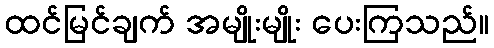
ထင်မြင်ချက် အမျိုးမျိုး ပေးကြသည်။